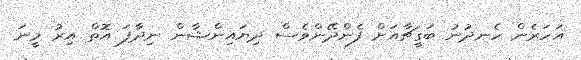
އަހަރެން ހެނދުނު ބަގީޗާއަށް ފެންދޭންވެސް ދިޔައިންޝާން ނިދާފަ އޮތް އިރު މީނަ